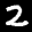
Digit: 2